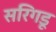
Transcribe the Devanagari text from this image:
सरिगडू